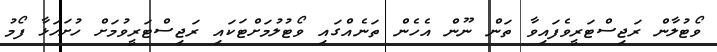
ވޯޓުލާން ރަޖިސްޓަރީވެފައިވާ ތަން ނޫން އެހެން ތަނެއްގައި ވޯޓުލުމަށްޓަކައި ރަޖިސްޓަރީވުމަށް ހުށަހަޅާ ފޯމު